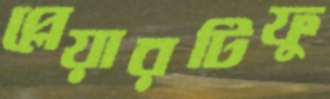
প্লেয়ারটিফু